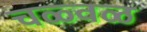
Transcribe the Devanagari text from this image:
चळ्वळ